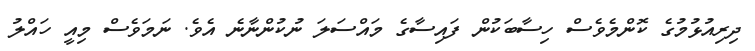
ދިރިއުޅުމުގެ ކޮންމެވެސް ހިސާބަކުން ފައިސާގެ މައްސަލަ ނުކުންނާނެ އެވެ. ނަމަވެސް މިއީ ހައްލު